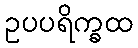
ဥပပရိက္ခထ